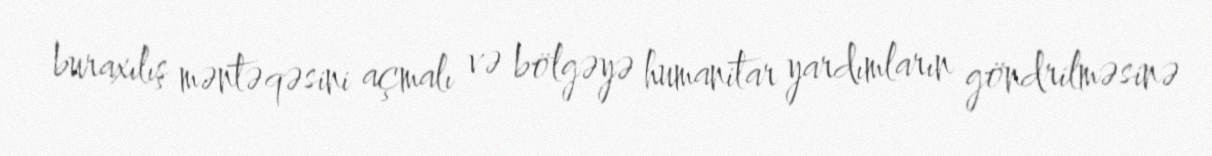
buraxılış məntəqəsini açmalı və bölgəyə humanitar yardımların göndrilməsinə